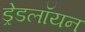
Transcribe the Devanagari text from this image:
ड्रेडलॉयन